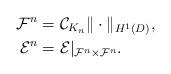
LaTeX: \begin{align*}\mathcal{F}^n&=\mathcal{C}_{K_n}\|\cdot\|_{H^{1}(D)},\\ \mathcal{E}^n&=\mathcal{E}|_{\mathcal{F}^n \times \mathcal{F}^n}.\end{align*}